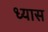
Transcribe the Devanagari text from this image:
ध्‍यास